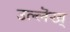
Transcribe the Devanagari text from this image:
उल्लॆख्